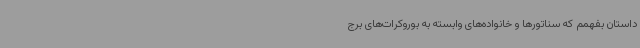
داستان بفهمم که سناتورها و خانواده‌های وابسته به بوروکرات‌های برج